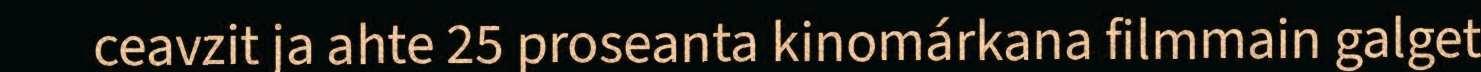
ceavzit ja ahte 25 proseanta kinomárkana filmmain galget